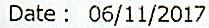
DATE: 06/11/2017